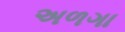
અળગા